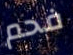
فحم